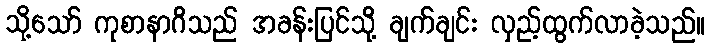
သို့သော် ကုစာနာဂိသည် အခန်းပြင်သို့ ချက်ချင်း လှည့်ထွက်လာခဲ့သည်။